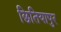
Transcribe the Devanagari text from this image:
छितियापुर